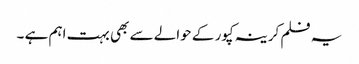
یہ فلم کرینہ کپور کے حوالے سے بھی بہت اہم ہے ۔